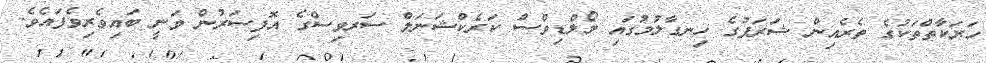
ހަރަކާތްތަކުގެ ތެރެއިން ޝަރަފުގެ ހިނގާލުމުގައި މޯލްޑިވްސް ކަރެކްޝަނަލް ސަރވިސްގެ އޮފިސަރުން ވަނީ ބައިވެރިވެފައެވެ.